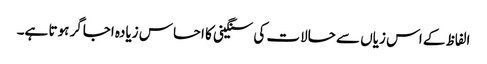
الفاظ کے اس زیاں سے حالات کی سنگینی کا احساس زیادہ اجاگر ہوتا ہے۔